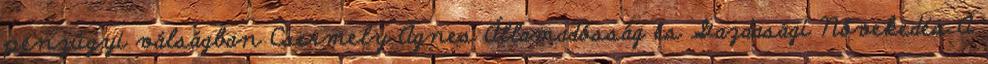
pénzügyi válságban Csermely Ágnes Államadósság és Gazdasági Növekedés A